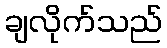
ချလိုက်သည်